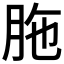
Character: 胣